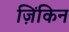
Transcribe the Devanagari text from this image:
ज़िंकिन